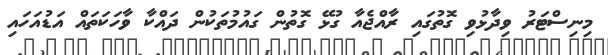
މިނިސްޓަރު ވިދާޅުވި ގޮތުގައި ރާއްޖެއާ ގުޅޭ ގޮތުން ގައުމުތަކުން ދައްކާ ވާހަކަތައް އަޑުއަހައި